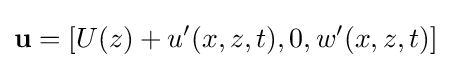
\mathbf {u} =\left[U(z)+u'(x,z,t),0,w'(x,z,t)\right]